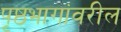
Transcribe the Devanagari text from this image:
पृष्ठभागांवरील